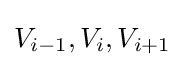
V_{i-1},V_{i},V_{i+1}